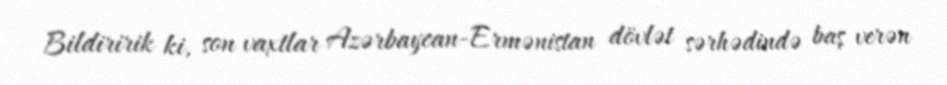
Bildiririk ki, son vaxtlar Azərbaycan-Ermənistan dövlət sərhədində baş verən